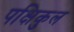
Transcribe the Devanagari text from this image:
पक्षिकुल